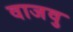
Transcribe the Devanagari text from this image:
वाजवु